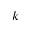
k